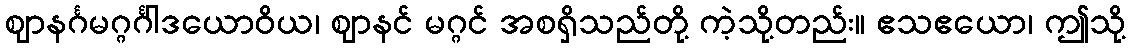
ဈာနင်္ဂမဂ္ဂင်္ဂါဒယောဝိယ၊ ဈာနင် မဂ္ဂင် အစရှိသည်တို့ ကဲ့သို့တည်း။ ဧသဧယော၊ ဤသို့